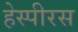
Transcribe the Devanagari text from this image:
हेस्पीरस